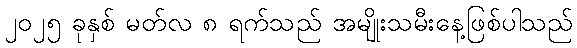
၂၀၂၅ ခုနှစ် မတ်လ ၈ ရက်သည် အမျိုးသမီးနေ့ဖြစ်ပါသည်